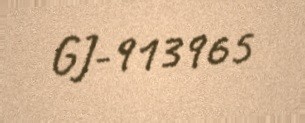
GJ-913965